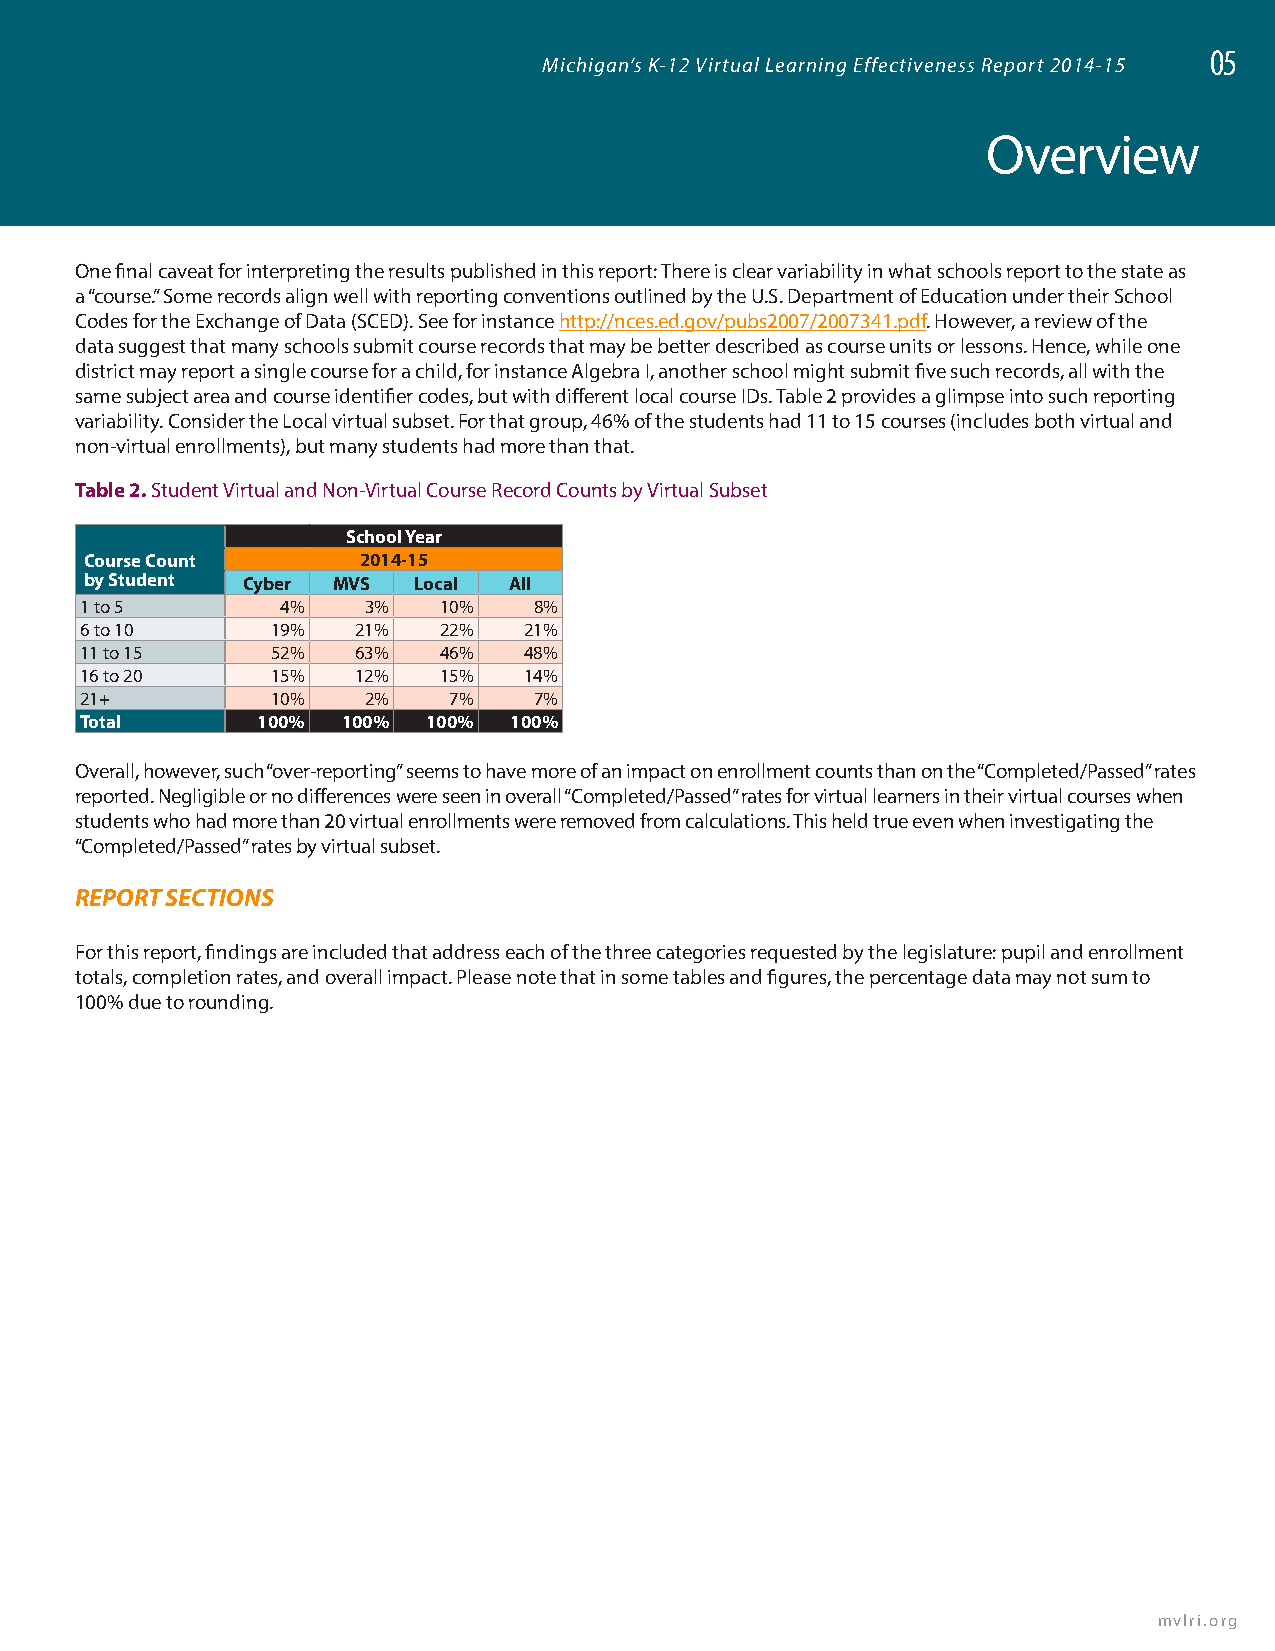
05
 Michigan’s K-12 Virtual Learning Effectiveness Report 2014-15
 Overview
 One final caveat for interpreting the results published in this report: There is clear variability in what schools report to the state as
 a “course.” Some records align well with reporting conventions outlined by the U.S. Department of Education under their School
 Codes for the Exchange of Data (SCED). See for instance http://nces.ed.gov/pubs2007/2007341.pdf. However, a review of the
 data suggest that many schools submit course records that may be better described as course units or lessons. Hence, while one
 district may report a single course for a child, for instance Algebra I, another school might submit five such records, all with the
 same subject area and course identifier codes, but with different local course IDs. Table 2 provides a glimpse into such reporting
 variability. Consider the Local virtual subset. For that group, 46% of the students had 11 to 15 courses (includes both virtual and
 non-virtual enrollments), but many students had more than that.
 Table 2. Student Virtual and Non-Virtual Course Record Counts by Virtual Subset
 School Year
 Course Count      2014-15
 by Student Cyber MVS Local  All
 1 to 5        4%   3%   10%   8%
 6 to 10      19%   21%  22%   21%
 11 to 15     52%   63%  46%   48%
 16 to 20     15%   12%  15%   14%
 21+          10%   2%    7%   7%
 Total       100%  100% 100%  100%
 Overall, however, such “over-reporting” seems to have more of an impact on enrollment counts than on the “Completed/Passed” rates
 reported. Negligible or no differences were seen in overall “Completed/Passed” rates for virtual learners in their virtual courses when
 students who had more than 20 virtual enrollments were removed from calculations. This held true even when investigating the
 “Completed/Passed” rates by virtual subset.
 REPORT SECTIONS
 For this report, findings are included that address each of the three categories requested by the legislature: pupil and enrollment
 totals, completion rates, and overall impact. Please note that in some tables and figures, the percentage data may not sum to
 100% due to rounding.
 mvlri.org